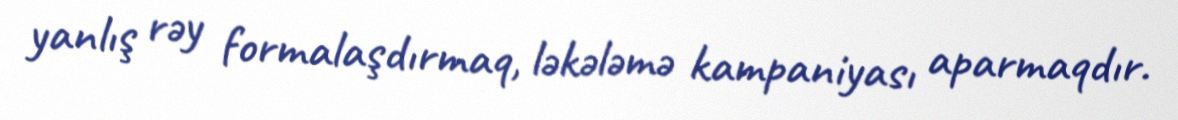
yanlış rəy formalaşdırmaq, ləkələmə kampaniyası aparmaqdır.